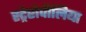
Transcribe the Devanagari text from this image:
स्ट्रेप्टोपीलिया